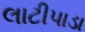
લાટીપાડા